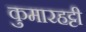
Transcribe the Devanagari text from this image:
कुमारहट्टी